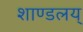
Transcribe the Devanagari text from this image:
शाण्डलय्